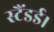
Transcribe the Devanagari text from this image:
स्टैंडर्ड।